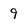
Character: 9